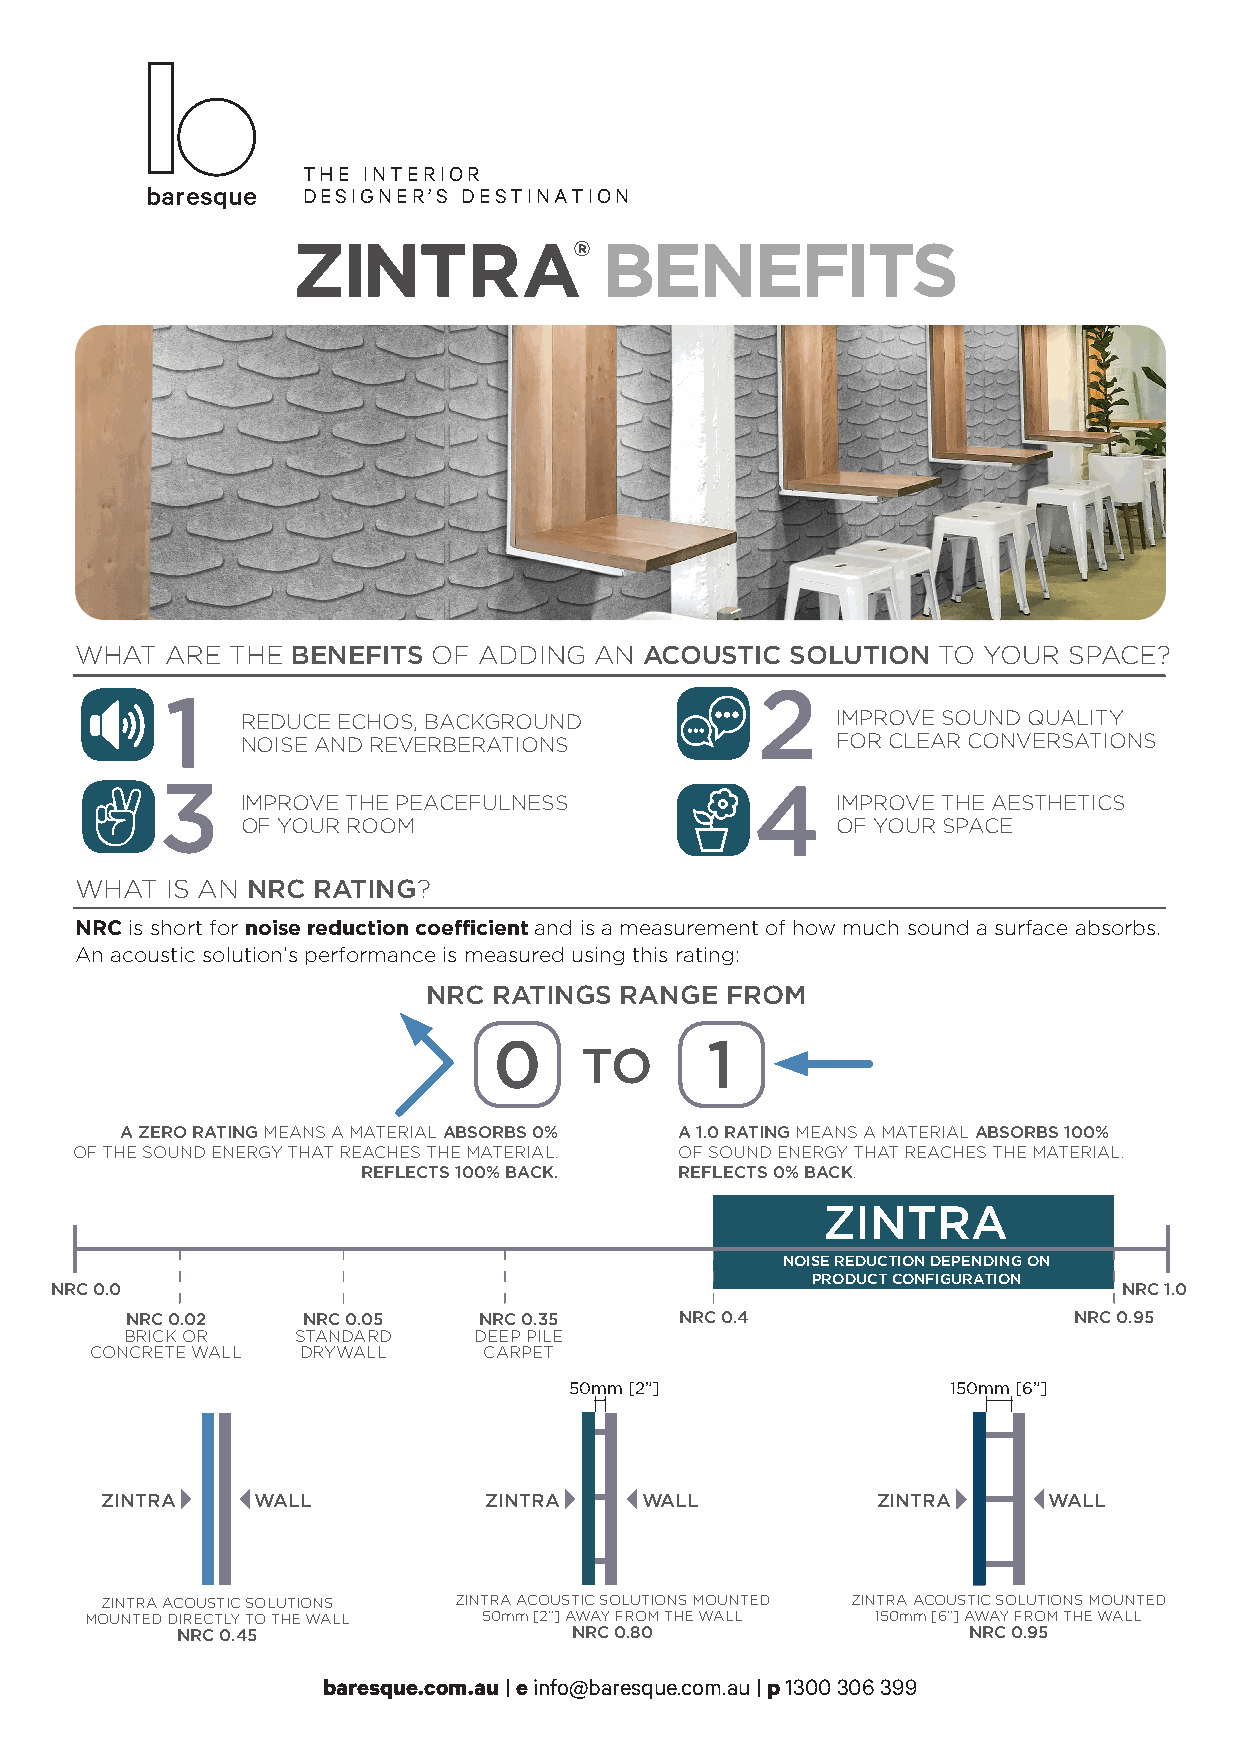
THE INTERIOR
 DESIGNER’S DESTINATION
 Z   INTRA®           BENEFITS
 WHAT  ARE THE BENEFITS  OF ADDING AN  ACOUSTIC SOLUTION  TO YOUR  SPACE?
 2
 1
 REDUCE ECHOS, BACKGROUND               IMPROVE SOUND QUALITY
 NOISE AND REVERBERATIONS               FOR CLEAR CONVERSATIONS
 3                                      4
 IMPROVE THE PEACEFULNESS               IMPROVE THE AESTHETICS
 OF YOUR ROOM                           OF YOUR SPACE
 WHAT  IS AN NRC RATING?
 NRC is short for noise reduction coefficient and is a measurement of how much sound a surface absorbs.
 An acoustic solution’s performance is measured using this rating:
 NRC  RATINGS RANGE  FROM
 0             1
 TO
 A ZERO RATING MEANS A MATERIAL ABSORBS 0% A 1.0 RATING MEANS A MATERIAL ABSORBS 100%
 OF THE SOUND ENERGY THAT REACHES THE MATERIAL. OF SOUND ENERGY THAT REACHES THE MATERIAL.
 REFLECTS 100% BACK.  REFLECTS 0% BACK.
 ZINTRA
 NOISE REDUCTION DEPENDING ON
 PRODUCT CONFIGURATION
 NRC 0.0                                                                NRC 1.0
 NRC 0.02    NRC 0.05    NRC 0.35     NRC 0.4                   NRC 0.95
 BRICK OR    STANDARD   DEEP PILE
 CONCRETE WALL DRYWALL     CARPET
 50mm [2”]                150mm [6”]
 ZINTRA    WALL           ZINTRA    WALL            ZINTRA     WALL
 ZINTRA ACOUSTIC SOLUTIONS ZINTRA ACOUSTIC SOLUTIONS MOUNTED ZINTRA ACOUSTIC SOLUTIONS MOUNTED
 MOUNTED DIRECTLY TO THE WALL 50mm [2”] AWAY FROM THE WALL 150mm [6”] AWAY FROM THE WALL
 NRC 0.45                  NRC 0.80                  NRC 0.95
 baresque.com.au | e info@baresque.com.au | p 1300 306 399